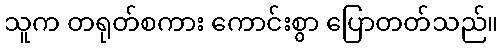
သူက တရုတ်စကား ကောင်းစွာ ပြောတတ်သည်။